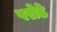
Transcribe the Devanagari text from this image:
परोठे